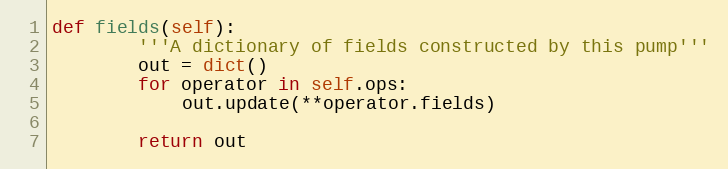
Language: Python
def fields(self):
        '''A dictionary of fields constructed by this pump'''
        out = dict()
        for operator in self.ops:
            out.update(**operator.fields)

        return out